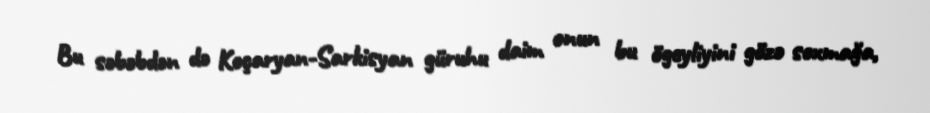
Bu səbəbdən də Koçaryan-Sarkisyan güruhu daim onun bu ögeyliyini gözə soxmağa,